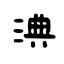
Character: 淟